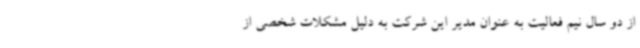
از دو سال نیم فعالیت به عنوان مدیر این شرکت به دلیل مشکلات شخصی از